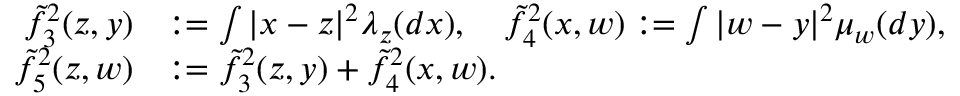
\begin{array} { r l } { \tilde { f } _ { 3 } ^ { 2 } ( z , y ) } & { : = \int | x - z | ^ { 2 } \lambda _ { z } ( d x ) , \quad \tilde { f } _ { 4 } ^ { 2 } ( x , w ) : = \int | w - y | ^ { 2 } \mu _ { w } ( d y ) , } \\ { \tilde { f } _ { 5 } ^ { 2 } ( z , w ) } & { : = \tilde { f } _ { 3 } ^ { 2 } ( z , y ) + \tilde { f } _ { 4 } ^ { 2 } ( x , w ) . } \end{array}